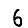
Digit: 6